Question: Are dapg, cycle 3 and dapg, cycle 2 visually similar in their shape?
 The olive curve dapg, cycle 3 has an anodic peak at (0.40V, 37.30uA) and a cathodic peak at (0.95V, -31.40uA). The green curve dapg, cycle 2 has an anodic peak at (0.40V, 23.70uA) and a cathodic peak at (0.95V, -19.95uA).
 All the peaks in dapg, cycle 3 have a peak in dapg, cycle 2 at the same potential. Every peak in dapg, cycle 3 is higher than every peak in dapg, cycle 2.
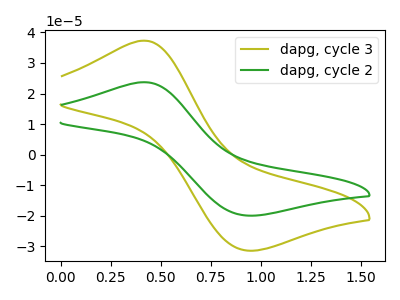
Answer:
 <answer>"dapg, cycle 3" and "dapg, cycle 2" are similar in shape.</answer>
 <eval>same_shape</eval>